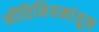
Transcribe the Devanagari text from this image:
नीतिनियमांतून